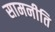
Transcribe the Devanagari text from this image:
सामनीति